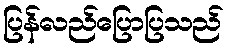
ပြန်လည်ပြောပြသည်